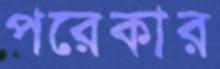
পরেকার